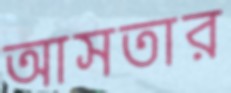
আসতার